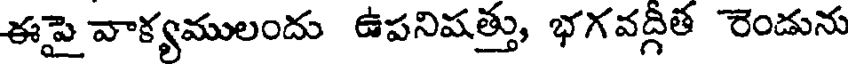
ఈపై వాక్యములందు ఉపనిషత్తు, భగవద్గీత రెండును